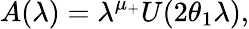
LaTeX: A(\lambda)=\lambda^{\mu_{+}}U(2\theta_{1}\lambda),